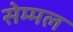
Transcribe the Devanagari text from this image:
सेम्मल